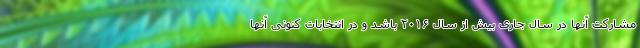
مشارکت آنها در سال جاری بیش از سال ۲۰۱۶ باشد و در انتخابات کنونی آنها